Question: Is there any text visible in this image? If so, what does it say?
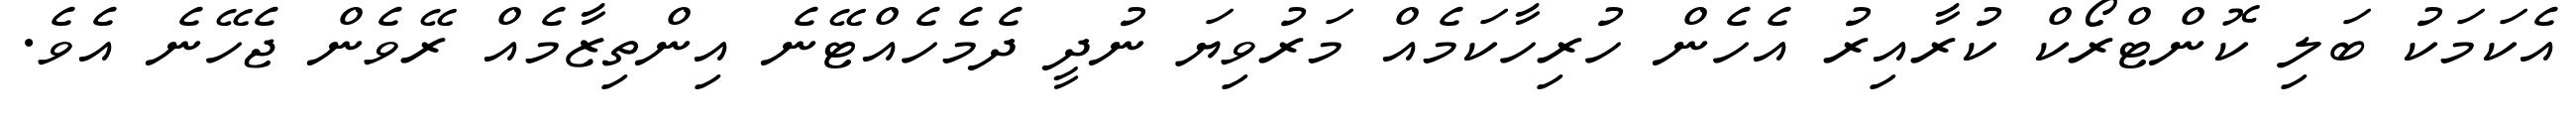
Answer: އެކަމަކު ބަލި ކޮންޓްރޯކް ކުރާއިރު އެހެން ހުރިހާކަމެއް މަރުވިޔަ ނުދީ ދެމެހެއްޓޭނެ އިންތިޒާމެއް ރޭވެން ޖެހޭނެ އެވެ.